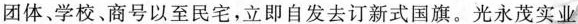
团体、学校、商号以至民宅，立即自发去订新式国旗。光永茂实业